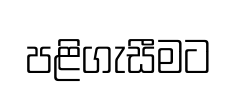
පළිගැසීමට